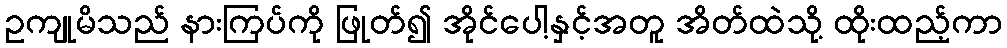
ဥကျုမိသည် နားကြပ်ကို ဖြုတ်၍ အိုင်ပေါ့နှင့်အတူ အိတ်ထဲသို့ ထိုးထည့်ကာ